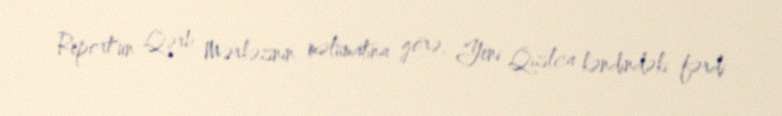
Report"un Qərb Mərkəzinin məlumatına görə, Yeni Qızılca kəndindəki fərdi